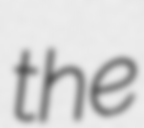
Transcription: the